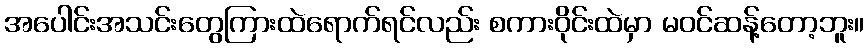
အပေါင်းအသင်းတွေကြားထဲရောက်ရင်လည်း စကားဝိုင်းထဲမှာ မဝင်ဆန့်တော့ဘူး။